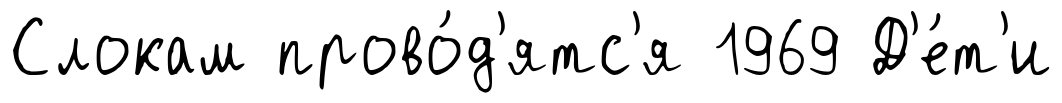
Слокам прово́д'ятс'я 1969 Д'е́т'и